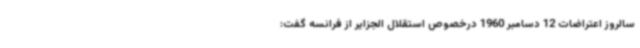
سالروز اعتراضات 12 دسامبر 1960 درخصوص استقلال الجزایر از فرانسه گفت: